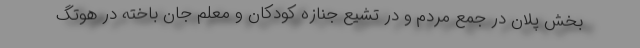
بخش پلان در جمع مردم و در تشیع جنازه کودکان و معلم جان باخته در هوتگ